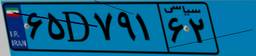
۶۵D۷۹۱۶۲